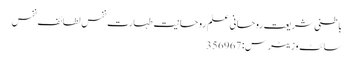
باطنی شریعت روحانی علم روحانیت طہارت نفس لطائف نفس
سائٹ وزیٹرس: 356967